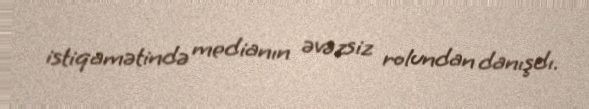
istiqamətində medianın əvəzsiz rolundan danışdı.